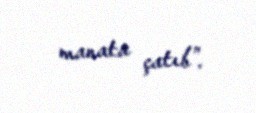
manata çatıb”.